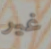
غير